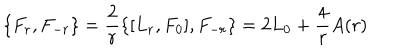
\{ F _ { r } , F _ { - r } \} = \frac { 2 } { r } \{ [ L _ { r } , F _ { 0 } ] , F _ { - r } \} = 2 L _ { 0 } + \frac { 4 } { r } A ( r )